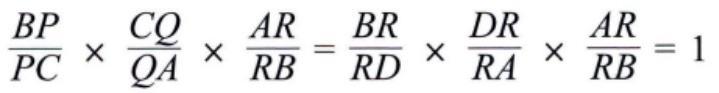
$\frac{BP}{PC} \times \frac{CQ}{QA} \times \frac{AR}{RB} = \frac{BR}{RD} \times \frac{DR}{RA} \times \frac{AR}{RB} = 1$